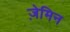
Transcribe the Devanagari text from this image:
ज़ेमिन